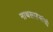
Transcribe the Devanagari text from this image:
नाथसाहेबांची